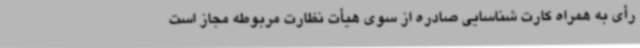
رأی به همراه کارت شناسایی صادره از سوی هیأت نظارت مربوطه مجاز است